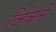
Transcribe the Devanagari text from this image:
जिंकते